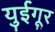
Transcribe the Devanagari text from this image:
युईगूर